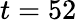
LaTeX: t=52